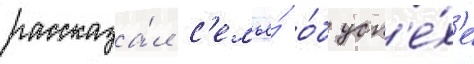
рассказа́л с'емье́ о́б усп'е́х'е